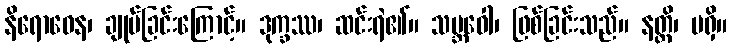
နိရောဓေန၊ ချုပ်ခြင်းကြောင့်။ ဒုက္ခဿ၊ ဆင်းရဲ၏။ သမ္ဘဝေါ၊ ဖြစ်ခြင်းသည်။ နတ္ထိ၊ မရှိ။